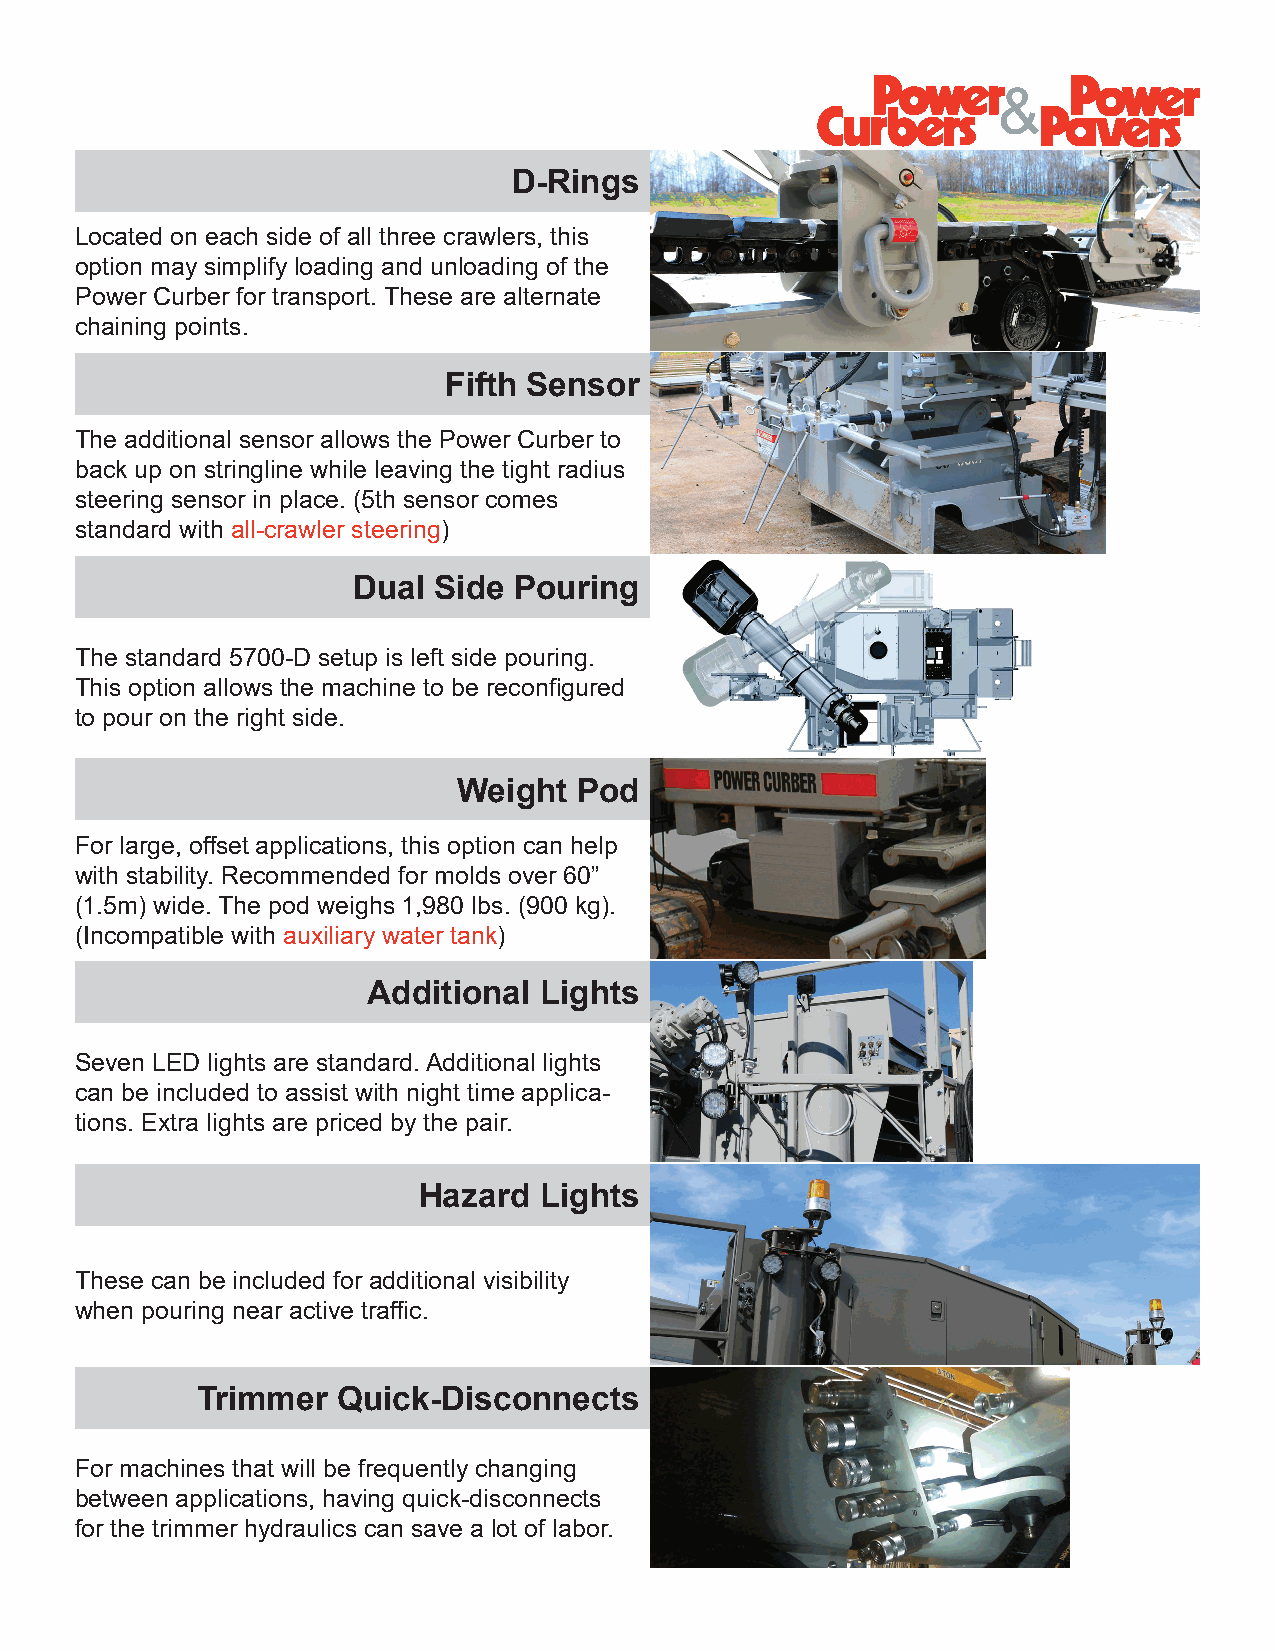
D-Rings
 Located on each side of all three crawlers, this
 option may simplify loading and unloading of the
 Power Curber for transport. These are alternate
 chaining points.
 Fifth Sensor
 The additional sensor allows the Power Curber to
 back up on stringline while leaving the tight radius
 steering sensor in place. (5th sensor comes
 standard with all-crawler steering)
 Dual  Side Pouring
 The standard 5700-D setup is left side pouring.
 This option allows the machine to be reconfigured
 to pour on the right side.
 Weight  Pod
 For large, offset applications, this option can help
 with stability. Recommended for molds over 60”
 (1.5m) wide. The pod weighs 1,980 lbs. (900 kg).
 (Incompatible with auxiliary water tank)
 Additional  Lights
 Seven LED lights are standard. Additional lights
 can be included to assist with night time applica-
 tions. Extra lights are priced by the pair.
 Hazard  Lights
 These can be included for additional visibility
 when pouring near active traffic.
 Trimmer  Quick-Disconnects
 For machines that will be frequently changing
 between applications, having quick-disconnects
 for the trimmer hydraulics can save a lot of labor.